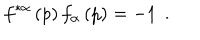
f ^ { * \alpha } \left( p \right) f _ { \alpha } \left( p \right) = - 1 \; \, .